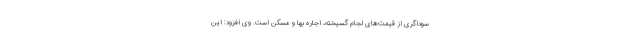
سوداگری از قیمت‌های لجام گسیخته، اجاره بها و مسکن است. وی افزود: این